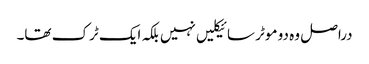
دراصل وہ دو موٹر سائیکلیں نہیں بلکہ ایک ٹرک تھا۔